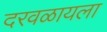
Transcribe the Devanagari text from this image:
दरवळायला